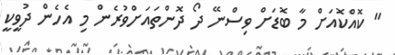
" ކޮއްކޮއަށް މާ ބޮޑަށް ވިސްނޭ ދޯ ދޮންތައަށްވުރެން މި އެހެން ދުވީކީ